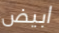
ابيض